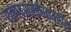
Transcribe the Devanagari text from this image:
एकादशस्कंधावरील